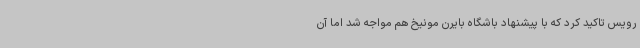
رویس تاکید کرد که با پیشنهاد باشگاه بایرن مونیخ هم مواجه شد اما آن